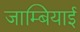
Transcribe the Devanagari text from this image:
जाम्बियाई